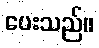
ပေးသည်။